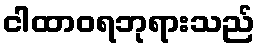
ငါထာဝရဘုရားသည်